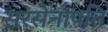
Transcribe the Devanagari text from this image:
सरसेनापति